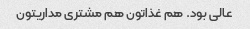
عالی بود. هم غذاتون هم مشتری مداریتون